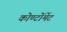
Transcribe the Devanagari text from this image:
कोण्टोंमेंट